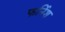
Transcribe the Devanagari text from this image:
फर्निश